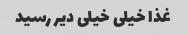
غذا خیلی خیلی دیر رسید